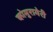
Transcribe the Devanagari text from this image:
कोमुरागेरी